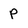
Character: p